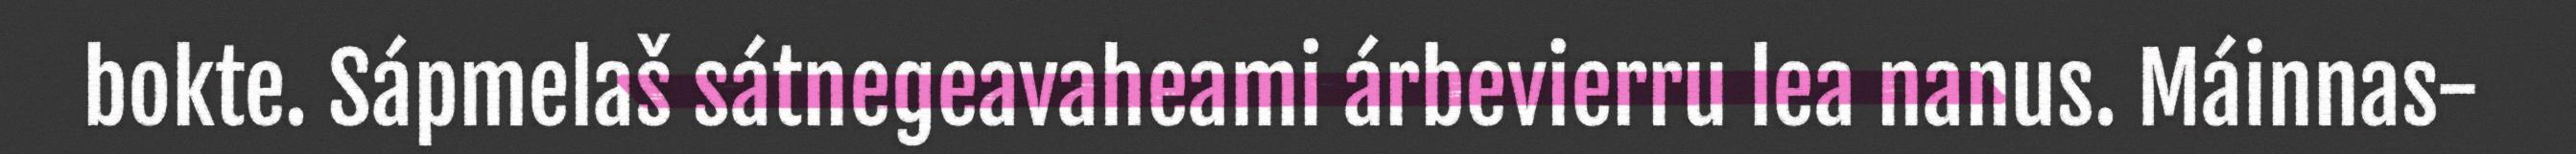
bokte. Sápmelaš sátnegeavaheami árbevierru lea nanus. Máinnas-